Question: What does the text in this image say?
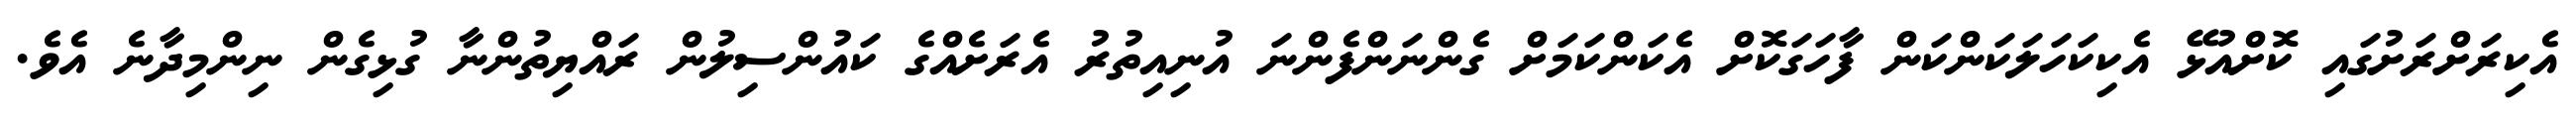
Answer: އެކިރަށްރަށުގައި ކޮށްއުޅޭ އެކިކަހަލަކަންކަން ފާހަގަކޮށް އެކަންކަމަށް ގެންނަންފެންނަ އުނިއިތުރު އެރަށެއްގެ ކައުންސިލުން ރައްޔިތުންނާ ގުޅިގެން ނިންމިދާނެ އެވެ.